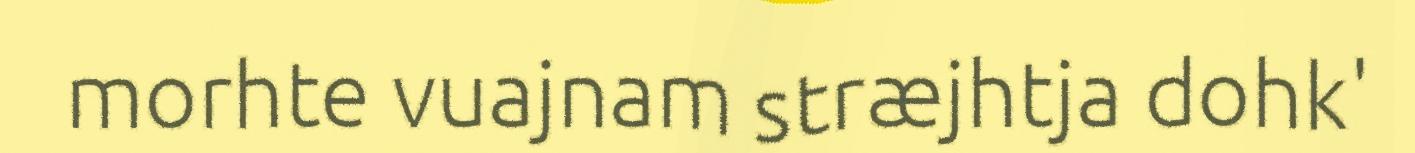
morhte vuajnam stræjhtja dohk'